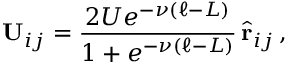
\mathbf { U } _ { i j } = \frac { 2 U e ^ { - \nu \left( \ell - L \right) } } { 1 + e ^ { - \nu \left( \ell - L \right) } } \, \hat { \mathbf { r } } _ { i j } \, ,